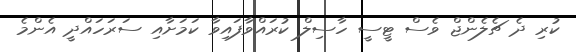
ކުރި ދެ ޗެލެންޖް ވެސް ޓީސީ ހާސިލް ކުރައްވާފައިވާ ކަމަށާއި ސަރަހައްދީ އެންމެ